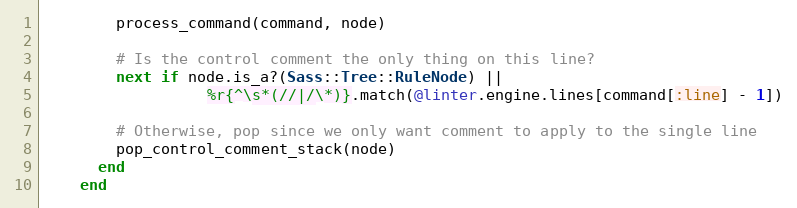
Language: Ruby
        process_command(command, node)

        # Is the control comment the only thing on this line?
        next if node.is_a?(Sass::Tree::RuleNode) ||
                  %r{^\s*(//|/\*)}.match(@linter.engine.lines[command[:line] - 1])

        # Otherwise, pop since we only want comment to apply to the single line
        pop_control_comment_stack(node)
      end
    end